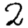
Digit: 2